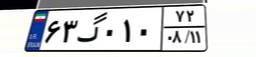
۶۳گ۰۱۰۷۲